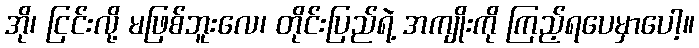
အို၊ ငြင်းလို့ မဖြစ်ဘူးလေ၊ တိုင်းပြည်ရဲ့ အကျိုးကို ကြည့်ရပေမှာပေါ့။